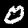
Label: 0